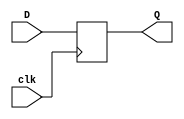
`timescale 1ns / 1ps

module FF_pos_edge_clk_initState(
    input D,
    input clk,
    output Q
    );
	 
	 reg qtemp = 'b1;
	 always @ (posedge clk) begin
		qtemp = D;
	 end
	 
	 assign Q = qtemp;

endmodule